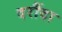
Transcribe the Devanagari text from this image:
दरौंदा